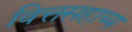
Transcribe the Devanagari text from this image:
वित्तसहाय्य